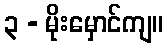
၃ - မိုးမှောင်ကျ။